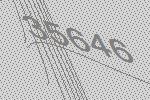
35646